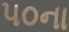
૫૦ના